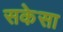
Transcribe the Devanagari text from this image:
सकेसा